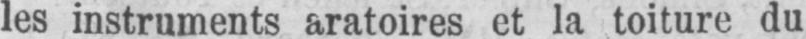
les instruments aratoires et la toiture du